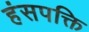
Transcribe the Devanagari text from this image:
हंसपक्ति